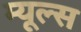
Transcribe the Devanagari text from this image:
म्यूल्स